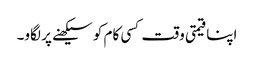
اپنا قیمتی وقت کسی کام کو سیکھنے پر لگاو۔